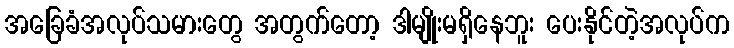
အခြေခံအလုပ်သမားတွေ အတွက်တော့ ဒါမျိုးမရှိနေဘူး ပေးနိုင်တဲ့အလုပ်က